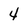
Character: 4